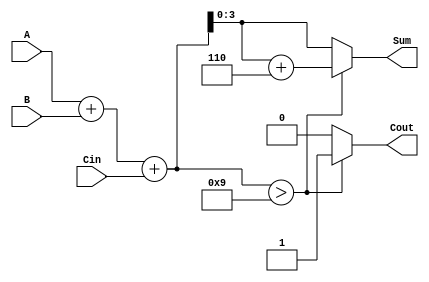
module BCD_Fast_Adder (
    input  wire [3:0] A,     // First BCD digit
    input  wire [3:0] B,     // Second BCD digit
    input  wire Cin,         // Carry-in
    output reg  [3:0] Sum,   // Resulting BCD digit (sum)
    output reg  Cout         // Carry-out
);

    // Intermediate signals
    wire [4:0] binary_sum;   // 5-bit to accommodate carry
    wire adjust;             // Signal to determine if adjustment is needed

    // Step 1: Binary Addition
    assign binary_sum = A + B + Cin;

    // Step 2: Check for BCD correction
    assign adjust = (binary_sum > 9);

    // Step 3: BCD Adjustment
    always @(*) begin
        if (adjust) begin
            Sum = binary_sum + 5'b0110; // Add 6 to correct BCD
            Cout = 1;                   // Set carry-out
        end else begin
            Sum = binary_sum[3:0];      // No adjustment needed
            Cout = 0;                   // No carry-out
        end
    end

endmodule